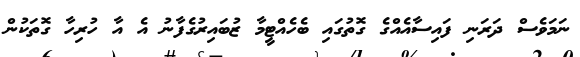
ނަމަވެސް ދަރަނި ފައިސާއެއްގެ ގޮތުގައި ބެހެއްޓީމާ ޒުބައިރުގެފާނު އެ އާ ހުރިހާ ގޮތަކުން